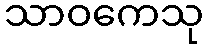
သာဝကေသု